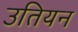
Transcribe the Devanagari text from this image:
उतियन